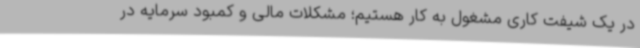
در یک شیفت کاری مشغول به کار هستیم؛ مشکلات مالی و کمبود سرمایه در